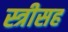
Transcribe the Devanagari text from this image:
स्त्रीसह